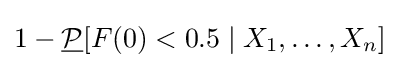
1-{\underline {\mathcal {P}}}[F(0)<0.5\mid X_{1},\dots ,X_{n}]